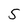
Character: 5